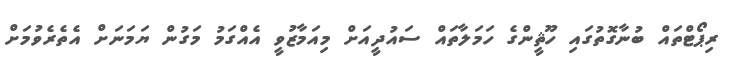
ރިޕޯޓްތައް ބުނާގޮތުގައި ހޫޘީންގެ ހަމަލާތައް ސައުދީއަށް މިއަމާޒުވީ އެއްގަމު މަގުން ޔަމަނަށް އެތެރެވުމަށް